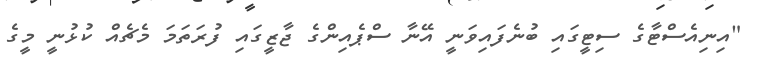
"އިނިއެސްޓާގެ ސިޓީގައި ބުނެފައިވަނީ އޭނާ ސްޕެއިންގެ ޖާޒީގައި ފުރަތަމަ މެޗެއް ކުޅުނީ މީގެ